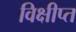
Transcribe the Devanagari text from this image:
विक्षीप्त